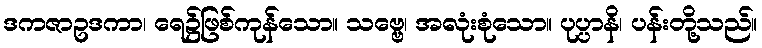
ဒကဇာဥဒကာ၊ ရေ၌ဖြစ်ကုန်သော။ သဗ္ဗေ၊ အလုံးစုံသော။ ပုပ္ပာနိ၊ ပန်းတို့သည်။